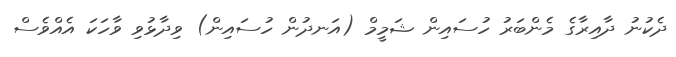
ދެކުނު ދާއިރާގެ މެންބަރު ހުސައިން ޝަމީމް (އަނދުން ހުސައިން) ވިދާޅުވި ވާހަކަ އެއްވެސް